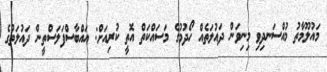
މައުލޫމާތު މުއްސަނދިވި މިނިވަން ދައުލަތެއް ހޯދުމުގެ މަސައްކަތް އޮތީ ކުރިއަށް: އައްބާސްފަލަސްތީން ދައުލަތުގެ